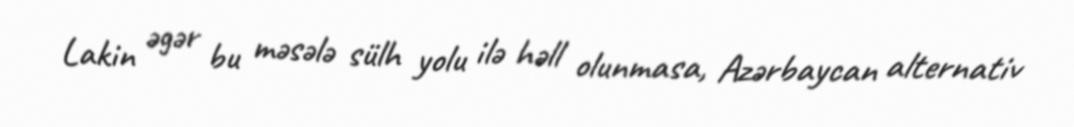
Lakin əgər bu məsələ sülh yolu ilə həll olunmasa, Azərbaycan alternativ